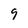
Character: 9